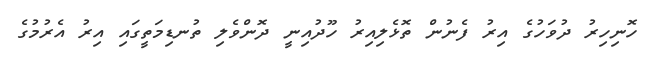
ހޮނިހިރު ދުވަހުގެ އިރު ފެނުން ތޮޅެލިއިރު ހޫދުއިނީ ދޮންވެލި ތުނޑިމަތީގައި އިރު އެރުމުގެ